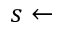
s \leftarrow